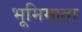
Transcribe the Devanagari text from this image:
भूमिमाता